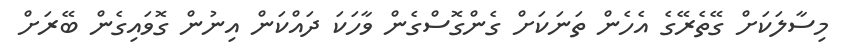
މިސާލަކަށް ގޭތެރޭގެ އެހެން ތަނަކަށް ގެންގޮސްގެން ވާހަކަ ދައްކަން އިނުން ގޮވައިގެން ބޭރަށް